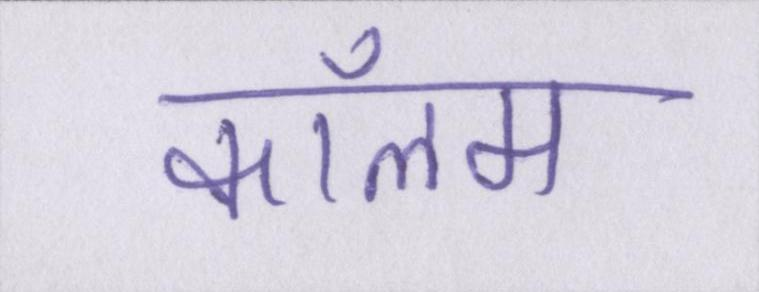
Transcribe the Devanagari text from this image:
कॉलम